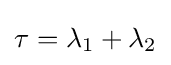
\tau =\lambda _{1}+\lambda _{2}